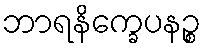
ဘာရနိက္ခေပနဉ္စ